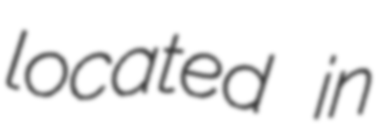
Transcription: located in